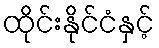
ထိုင်းနိုင်ငံနှင့်